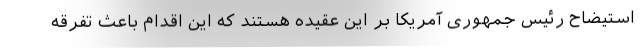
استیضاح رئیس جمهوری آمریکا بر این عقیده هستند که این اقدام باعث تفرقه